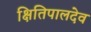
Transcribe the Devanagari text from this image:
क्षितिपालदेव